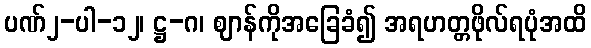
ပဏ်၂-ပါ-၁၂၊ ဋ္ဌ-ဂ၊ ဈာန်ကိုအခြေခံ၍ အရဟတ္တဖိုလ်ရပုံအထိ